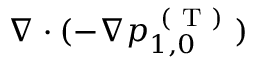
\nabla \cdot ( - \nabla p _ { 1 , 0 } ^ { \mathrm { ~ ( ~ T ~ ) ~ } } )